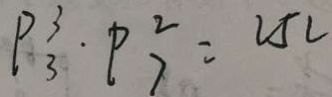
P _ { 3 } ^ { 3 } \cdot P _ { 7 } ^ { 2 } = 2 5 2